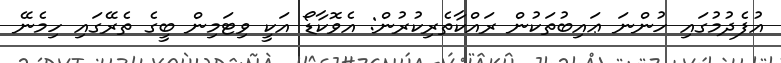
އުފެދުމުގައި ހުންނަ ޢައިބުތަކުން ރައްކާތެރިކުރުން: އެވޮކާޑޯ އަކީ ވިޓަމިން ބީގެ ތެރޭގައި ހިމެނޭ